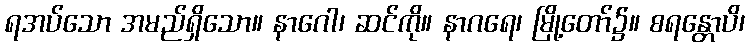
ရအပ်သော အမည်ရှိသော။ နာဂေါ၊ ဆင်ကို။ နာဂရေ၊ မြို့တော်၌။ စရန္တောပိ၊